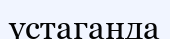
үстаганда